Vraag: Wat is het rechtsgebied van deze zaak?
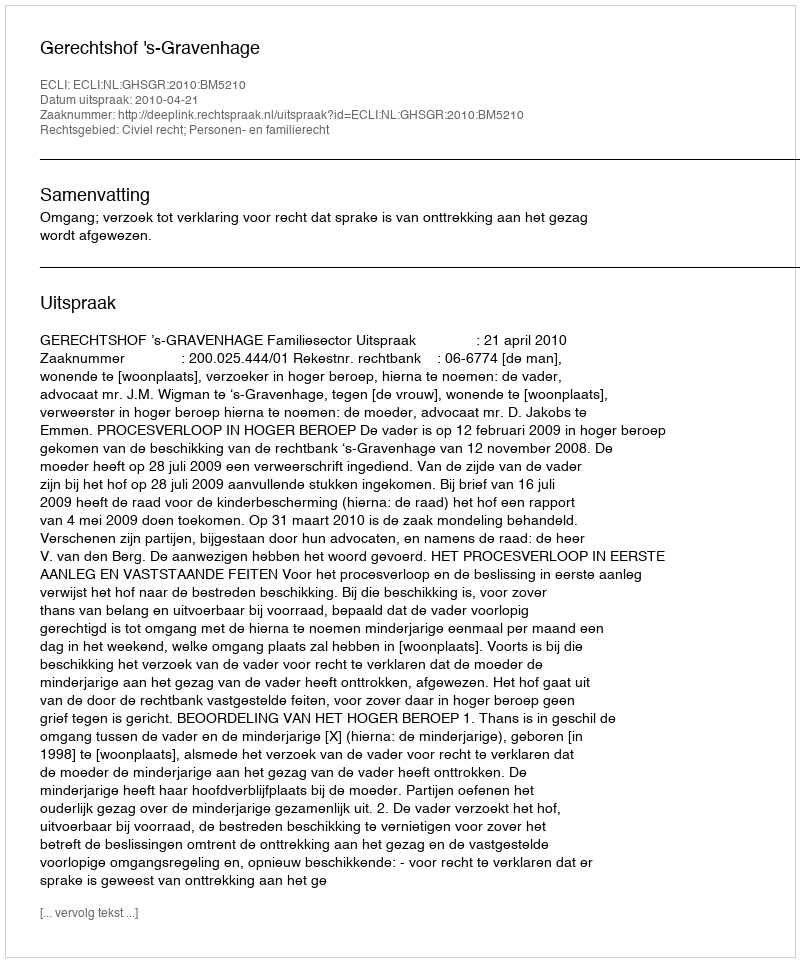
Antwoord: Civiel recht; Personen- en familierecht